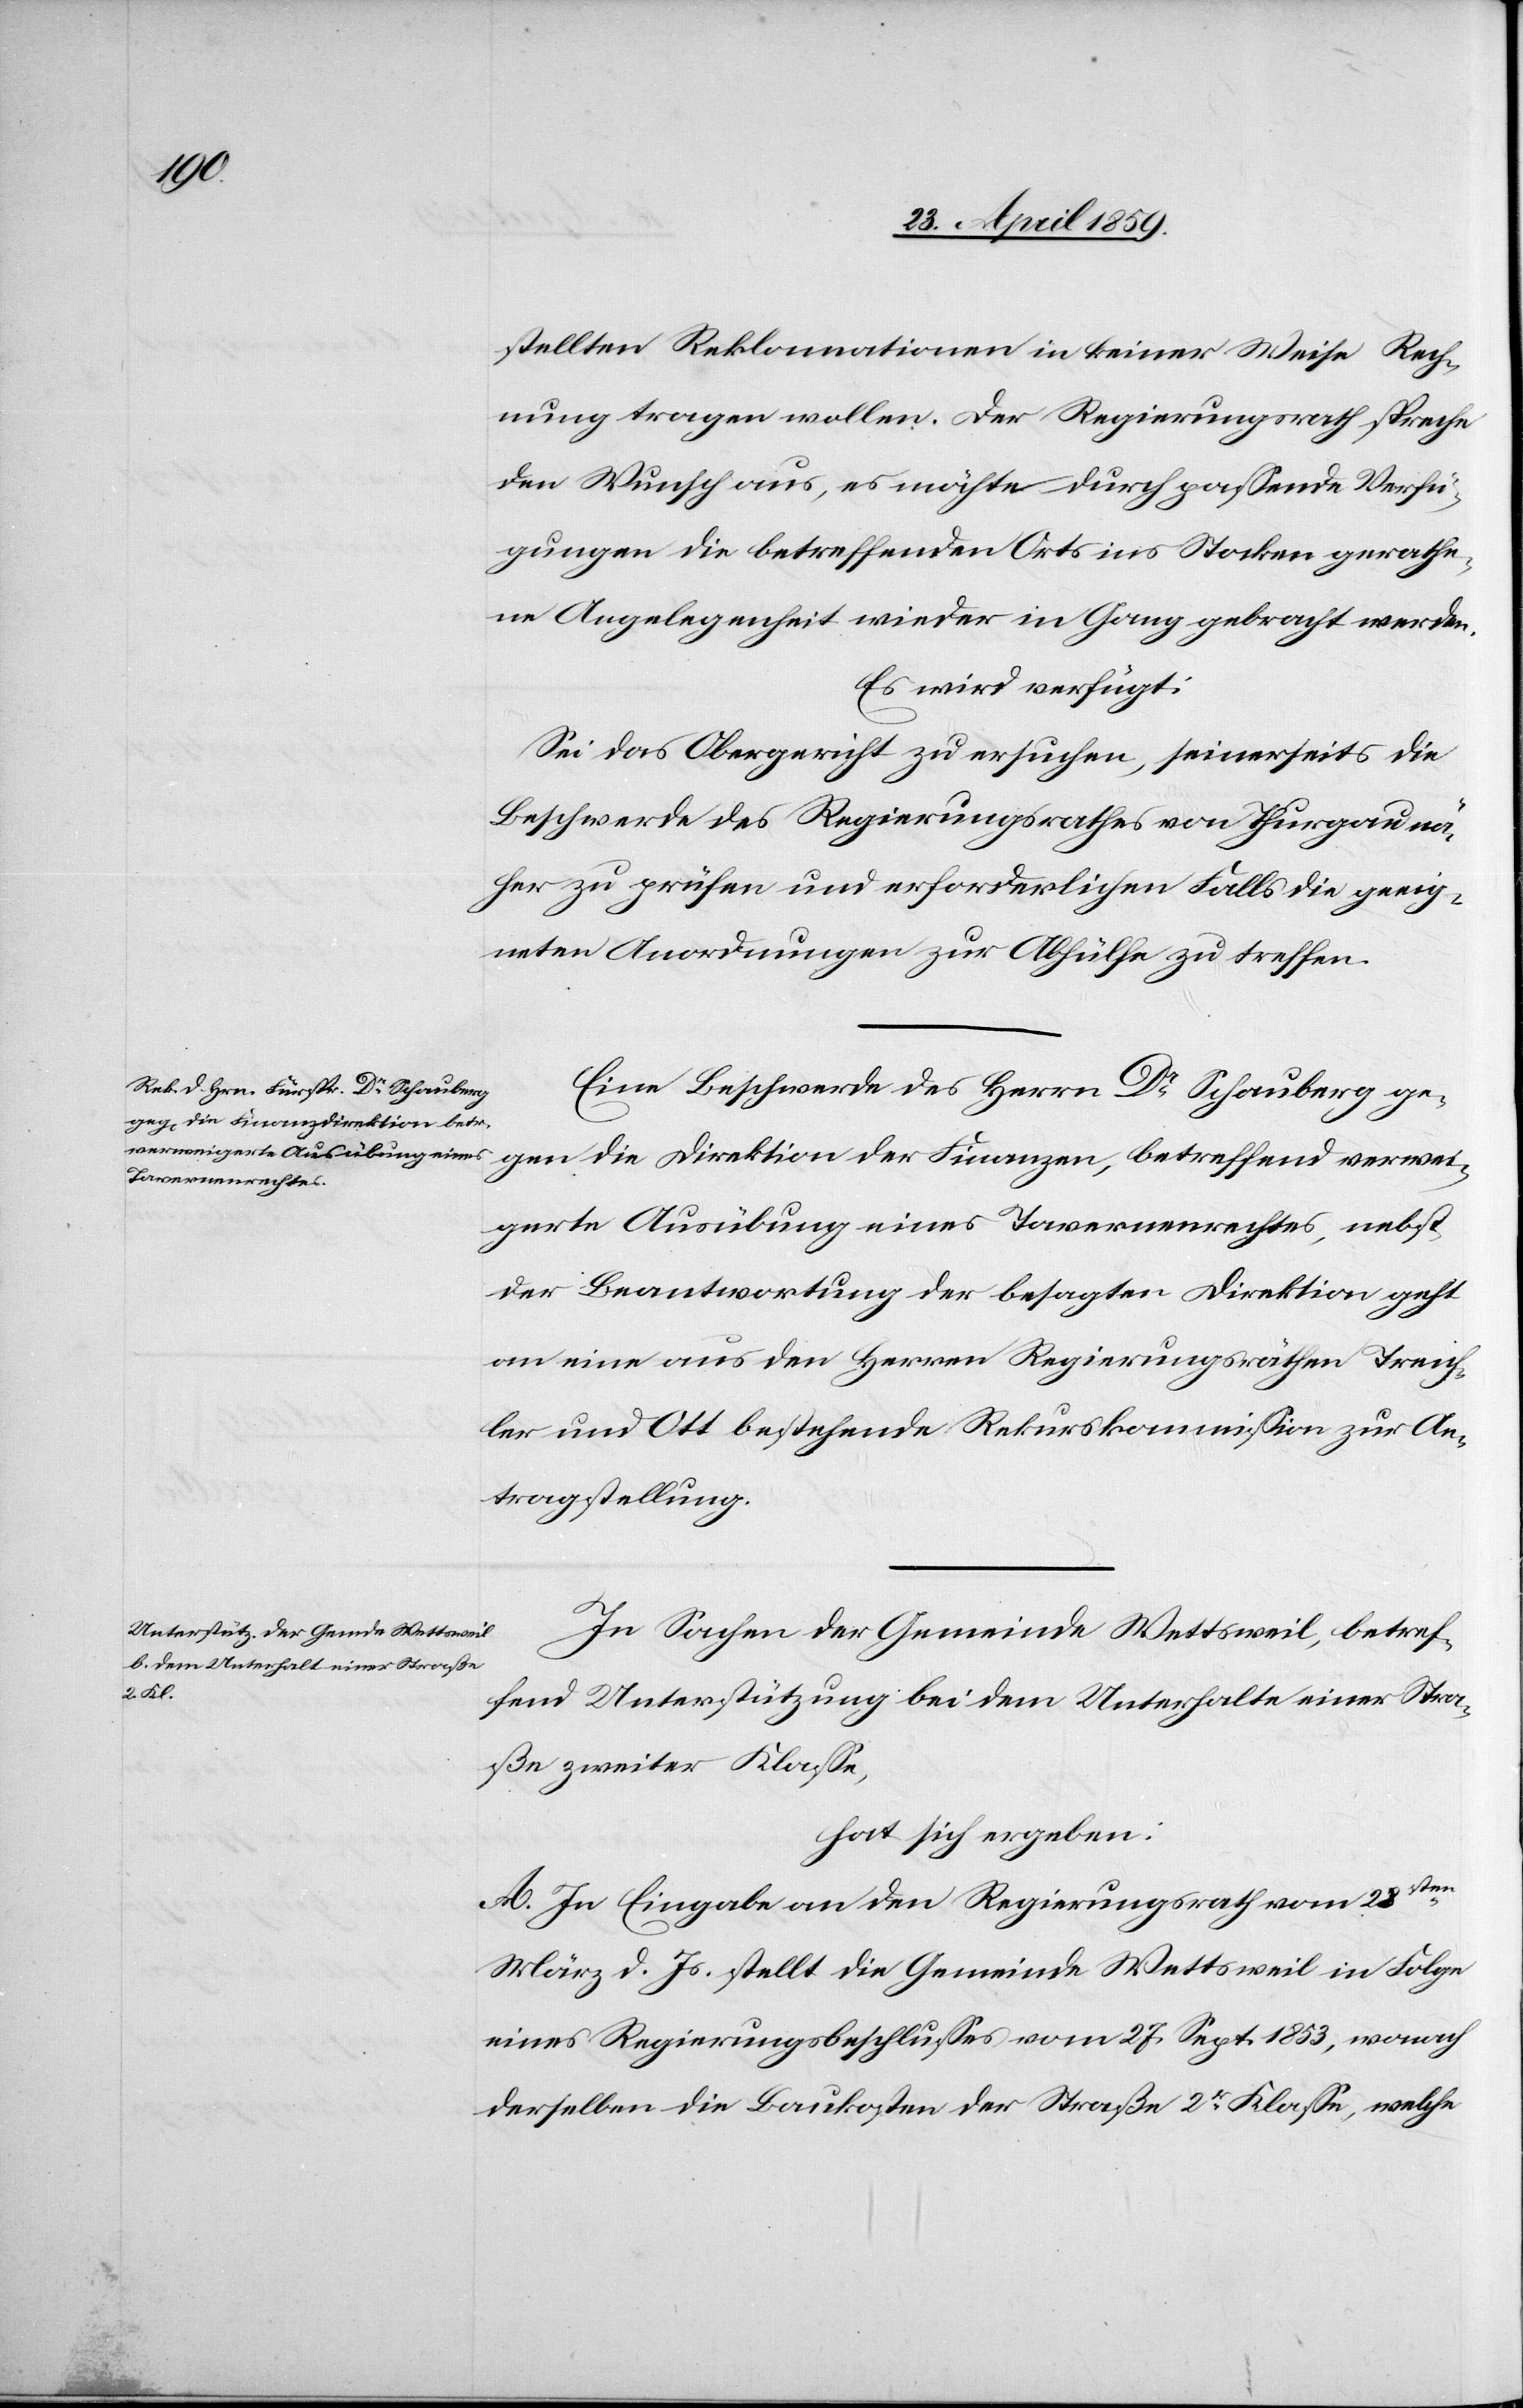
stellten Reklamationen in keiner Weise Rech¬
nung tragen wollen. Der Regierungsrath spreche
den Wunsch aus, es möchte durch paßende Verfü¬
gungen die betreffenden Orts ins Stocken gerathe¬
ne Angelegenheit wieder in Gang gebracht werden.
Es wird verfügt:
Sei das Obergericht zu ersuchen, seinerseits die
Beschwerde des Regierungsrathes von Thurgau nä¬
her zu prüfen und erforderlichen Falls die geeig¬
neten Anordnungen zur Abhülfe zu treffen.
Eine Beschwerde des Herrn Dr. Schauberg ge¬
gen die Direktion der Finanzen, betreffend verwei¬
gerte Ausübung eines Tavernenrechtes, nebst
der Beantwortung der besagten Direktion geht
an eine aus den Herren Regierungsräthen Treich¬
ler und Ott bestehende Rekurskommißion zur An¬
tragstellung.
In Sachen der Gemeinde Wettsweil, betref¬
fend Unterstützung bei dem Unterhalte einer Stra¬
ße zweiter Klaße,
hat sich ergeben:
A. In Eingabe an den Regierungsrath vom 28sten
März d. Js. stellt die Gemeinde Wettsweil in Folge
eines Regierungsbeschlußes vom 27. Sept. 1853, wonach
derselben die Baukosten der Straße 2tr Klaße, welche